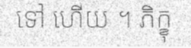
ទៅ ហើយ ។ ភិក្ខុ